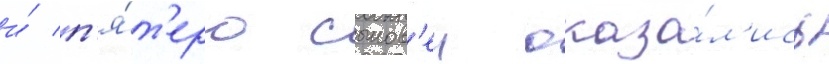
и́ п'я́т'еро сынов'еи оказа́л'ись